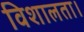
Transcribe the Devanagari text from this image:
विशालता।